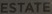
ESTATE